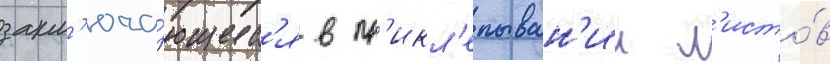
закл'юча́ющиес'я в пр'икл'епыван'ии л'исто́в